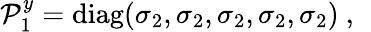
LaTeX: \mathcal{P}_{1}^{y}=\mathrm{{diag}}(\sigma_{2},\sigma_{2},\sigma_{2},\sigma_{2},\sigma_{2})~,~\,